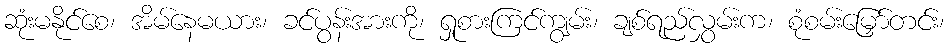
ဆုံးမနိုင်စေ၊ အိမ်နေမယား၊ ခင်ပွန်းအားကို၊ ရှုစားကြင်ကျွမ်း၊ ချစ်ရည်လွှမ်းက၊ စုံစမ်းမြှော်တင်း၊